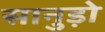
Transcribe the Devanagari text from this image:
सानुड़ो